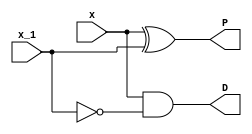
module ctrl (P, D, x, x_1);

   input  x, x_1;
   
   output P, D;
   
   assign P = x ^ x_1;
   xor x1 (P, x, x_1);
   not i1 (x_1b, x_1);
   and a1 (D, x, x_1b);
   
endmodule // ctrl